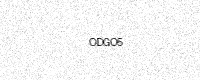
Text: ODGO5